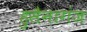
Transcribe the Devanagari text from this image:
हुसैनागंज